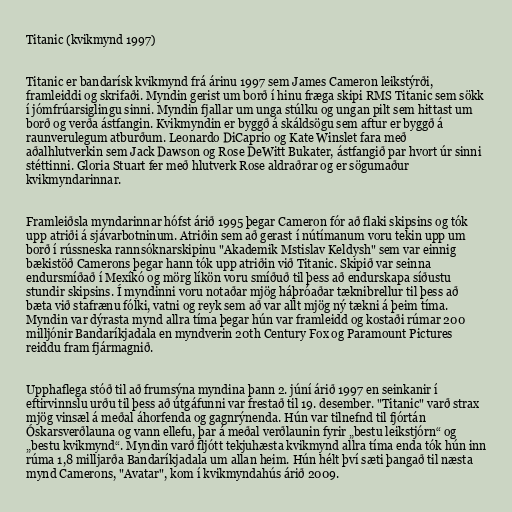
Titanic (kvikmynd 1997)

Titanic er bandarísk kvikmynd frá árinu 1997 sem James Cameron leikstýrði,
framleiddi og skrifaði. Myndin gerist um borð í hinu fræga skipi RMS Titanic sem sökk
í jómfrúarsiglingu sinni. Myndin fjallar um unga stúlku og ungan pilt sem hittast um
borð og verða ástfangin. Kvikmyndin er byggð á skáldsögu sem aftur er byggð á
raunverulegum atburðum. Leonardo DiCaprio og Kate Winslet fara með
aðalhlutverkin sem Jack Dawson og Rose DeWitt Bukater, ástfangið par hvort úr sinni
stéttinni. Gloria Stuart fer með hlutverk Rose aldraðrar og er sögumaður
kvikmyndarinnar.

Framleiðsla myndarinnar hófst árið 1995 þegar Cameron fór að flaki skipsins og tók
upp atriði á sjávarbotninum. Atriðin sem að gerast í nútímanum voru tekin upp um
borð í rússneska rannsóknarskipinu "Akademik Mstislav Keldysh" sem var einnig
bækistöð Camerons þegar hann tók upp atriðin við Titanic. Skipið var seinna
endursmíðað í Mexíkó og mörg líkön voru smíðuð til þess að endurskapa síðustu
stundir skipsins. Í myndinni voru notaðar mjög háþróaðar tæknibrellur til þess að
bæta við stafrænu fólki, vatni og reyk sem að var allt mjög ný tækni á þeim tíma.
Myndin var dýrasta mynd allra tíma þegar hún var framleidd og kostaði rúmar 200
milljónir Bandaríkjadala en myndverin 20th Century Fox og Paramount Pictures
reiddu fram fjármagnið.

Upphaflega stóð til að frumsýna myndina þann 2. júní árið 1997 en seinkanir í
eftirvinnslu urðu til þess að útgáfunni var frestað til 19. desember. "Titanic" varð strax
mjög vinsæl á meðal áhorfenda og gagnrýnenda. Hún var tilnefnd til fjórtán
Óskarsverðlauna og vann ellefu, þar á meðal verðlaunin fyrir „bestu leikstjórn“ og
„bestu kvikmynd“. Myndin varð fljótt tekjuhæsta kvikmynd allra tíma enda tók hún inn
rúma 1,8 milljarða Bandaríkjadala um allan heim. Hún hélt því sæti þangað til næsta
mynd Camerons, "Avatar", kom í kvikmyndahús árið 2009.